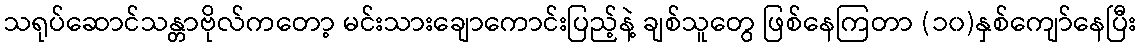
သရုပ်ဆောင်သန္တာဗိုလ်ကတော့ မင်းသားချောကောင်းပြည့်နဲ့ ချစ်သူတွေ ဖြစ်နေကြတာ (၁၀)နှစ်ကျော်နေပြီး